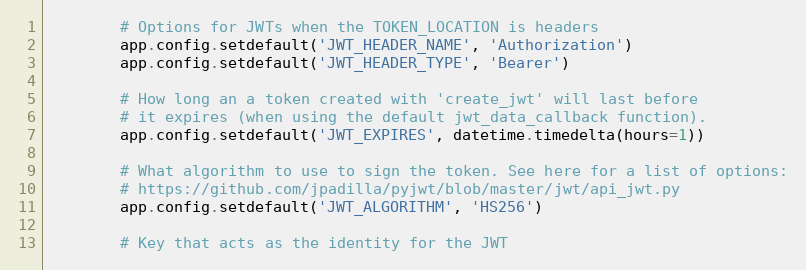
Language: Python
        # Options for JWTs when the TOKEN_LOCATION is headers
        app.config.setdefault('JWT_HEADER_NAME', 'Authorization')
        app.config.setdefault('JWT_HEADER_TYPE', 'Bearer')

        # How long an a token created with 'create_jwt' will last before
        # it expires (when using the default jwt_data_callback function).
        app.config.setdefault('JWT_EXPIRES', datetime.timedelta(hours=1))

        # What algorithm to use to sign the token. See here for a list of options:
        # https://github.com/jpadilla/pyjwt/blob/master/jwt/api_jwt.py
        app.config.setdefault('JWT_ALGORITHM', 'HS256')

        # Key that acts as the identity for the JWT